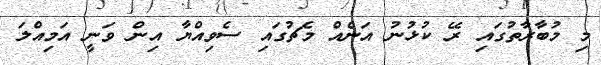
މި މުބާރާތުގައި ރޭ ކުޅުނު އަނެއް މެޗުގައި ސެވިއްޔާ އިން ވަނީ އަމިއްލަ